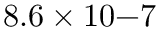
8 . 6 \times 1 0 { - 7 }